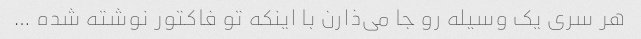
هر سری یک وسیله رو جا می‌ذارن با اینکه تو فاکتور نوشته شده …